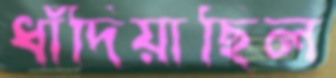
ধাঁদিয়াছিল